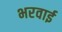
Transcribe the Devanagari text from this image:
भरवाई